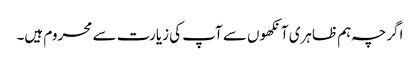
اگرچہ ہم ظاہری آنکھوں سے آپ کی زیارت سے محروم ہیں۔